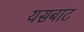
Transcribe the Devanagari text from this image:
यसबाट